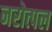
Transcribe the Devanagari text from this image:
नरोत्पल